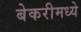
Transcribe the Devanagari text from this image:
बेकरीमध्ये